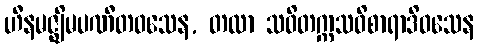
ဟီနမဇ္ဈိမပဏီတဝသေန, တထာ သဝိတက္ကသဝိစာရာဒိဝသေန